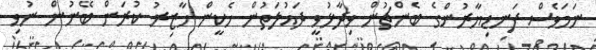
ނަމަވެސް ފަނޑިޔާރުންގެ ބެންޗުން ވިދާޅުވީ ދައުލަތުން ހެކީން ހާޒިރު ކުރަން ބޭނުން ނުވި